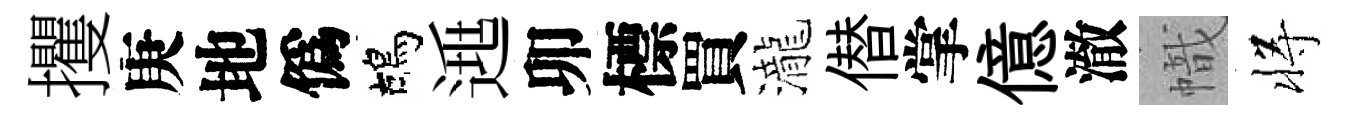
攫庚地僞鴣𨓱卯標買瀧僣掌億澈幟将